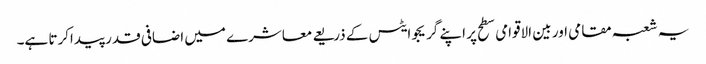
یہ شعبہ مقامی اور بین الاقوامی سطح پر اپنے گریجوایٹس کے ذریعے معاشرے میں اضافی قدر پیداکرتا ہے۔